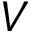
V